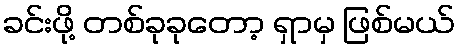
ခင်းဖို့ တစ်ခုခုတော့ ရှာမှ ဖြစ်မယ်